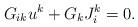
LaTeX: \begin{align*} G_{ik} u^k + G_k J^k_i = 0. \end{align*}